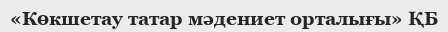
«Көкшетау татар мәдениет орталығы» ҚБ